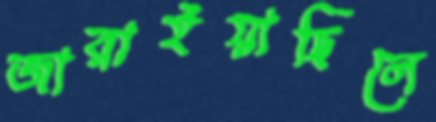
জারাইয়াছিলে